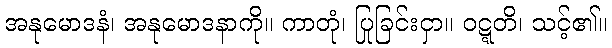
အနုမောဒနံ၊ အနုမောဒနာကို။ ကာတုံ၊ ပြုခြင်းငှာ။ ဝဋ္ဋတိ၊ သင့်၏။